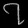
Digit: ၇